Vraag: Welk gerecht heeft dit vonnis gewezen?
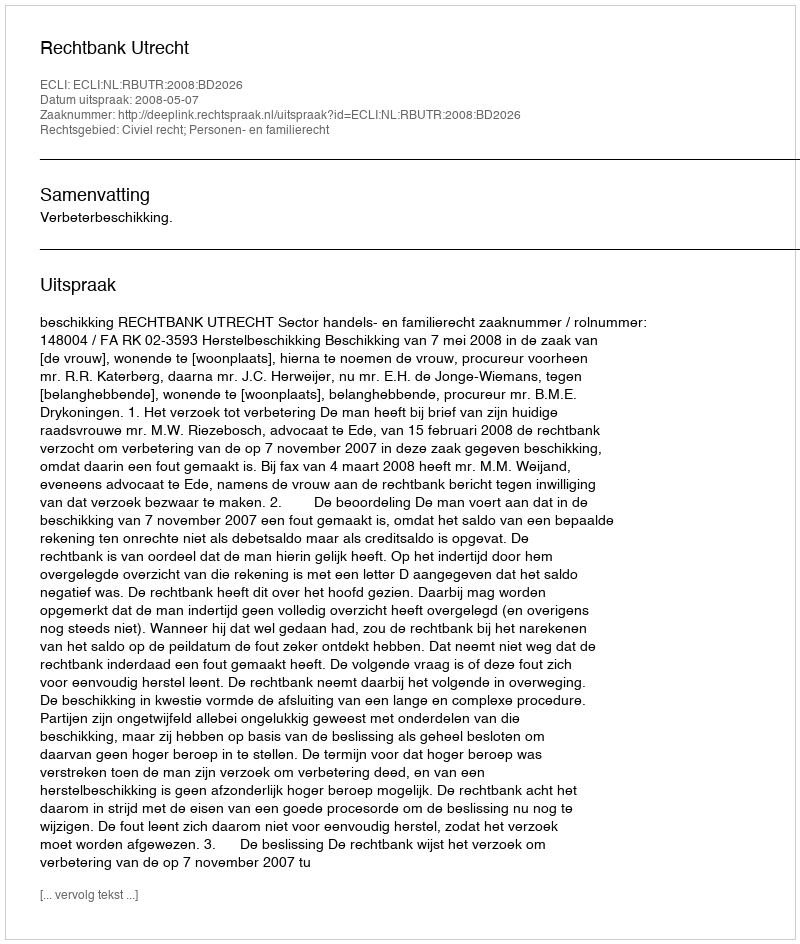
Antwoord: Rechtbank Utrecht